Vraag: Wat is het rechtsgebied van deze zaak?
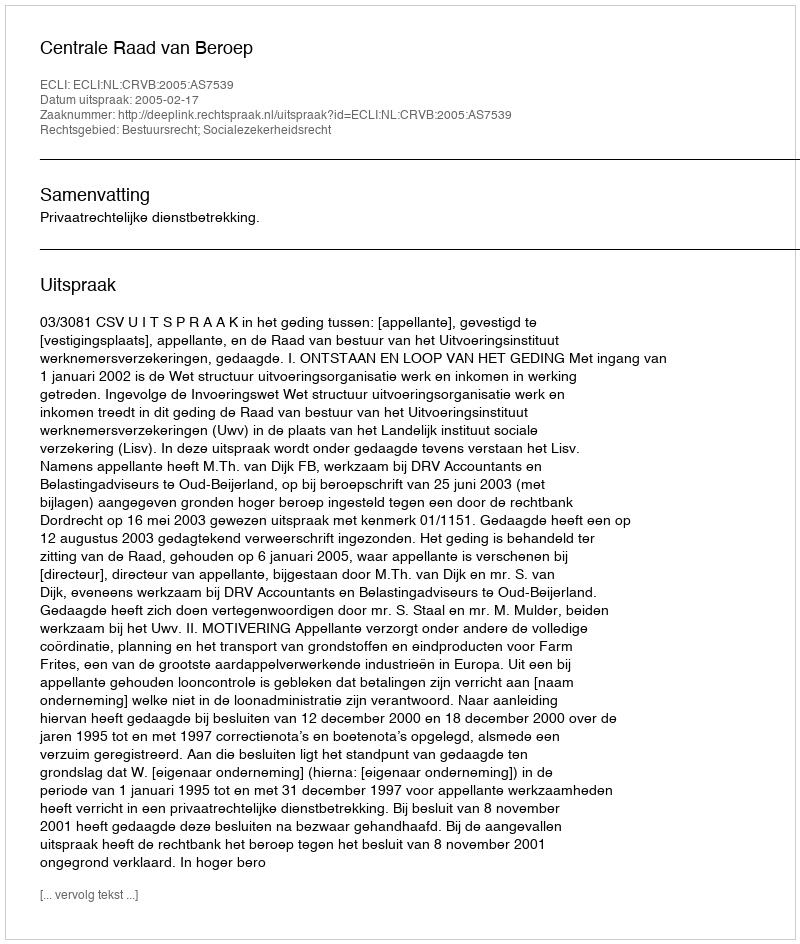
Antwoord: Bestuursrecht; Socialezekerheidsrecht